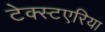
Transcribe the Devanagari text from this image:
टेक्स्टएरिया